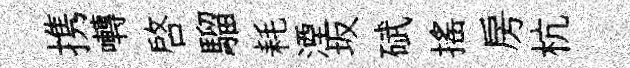
携囀啓騮耗湮坂碔搖房杭